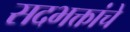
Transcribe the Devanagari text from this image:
सदभक्तांचे